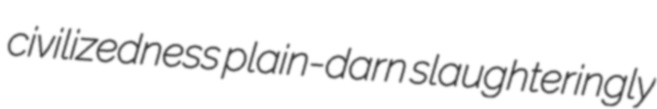
civilizedness plain-darn slaughteringly